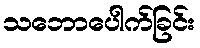
သဘောပေါက်ခြင်း